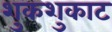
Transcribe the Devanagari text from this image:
शुकशुकाट